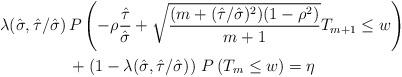
LaTeX: \begin{align*}\lambda(\hat{\sigma}, \hat{\tau}/\hat{\sigma}) \,&P \left( - \rho \frac{\hat{\tau}}{\hat{\sigma}} + \sqrt{\frac{(m + (\hat{\tau}/\hat{\sigma})^2)(1 - \rho^2)}{m+1}}T_{m+1} \le w\right) \\&+ \left(1-\lambda(\hat{\sigma}, \hat{\tau}/\hat{\sigma}) \right) \,P \left( T_m \le w \right) = \eta\end{align*}